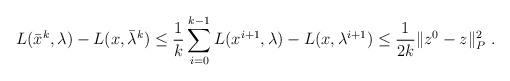
LaTeX: \begin{align*} L(\bar x^k,\lambda)-L(x,\bar \lambda^k)\leq \frac 1k \sum_{i=0}^{k-1}L(x^{i+1},\lambda)-L(x,\lambda^{i+1}) \leq \frac{1}{2 k}\|z^{0}-z\|_{P}^2 \ . \end{align*}